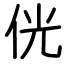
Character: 侊